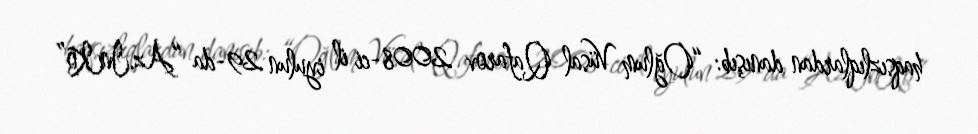
haqsızlıqlardan danışıb: “Oğlum Vüsal Qafarov 2008-ci il iyulun 29-da “Az.İnKo”